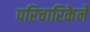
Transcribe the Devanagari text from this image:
परिचारिकेने